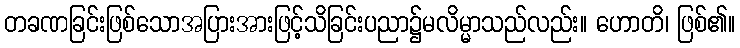
တခဏခြင်းဖြစ်သောအပြားအားဖြင့်သိခြင်းပညာ၌မလိမ္မာသည်လည်း။ ဟောတိ၊ ဖြစ်၏။